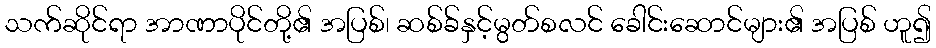
သက်ဆိုင်ရာ အာဏာပိုင်တို့၏ အပြစ်၊ ဆစ်ခ်နှင့်မွတ်စလင် ခေါင်းဆောင်များ၏ အပြစ် ဟူ၍